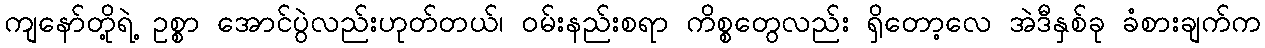
ကျနော်တို့ရဲ့ ဥစ္စာ အောင်ပွဲလည်းဟုတ်တယ်၊ ဝမ်းနည်းစရာ ကိစ္စတွေလည်း ရှိတော့လေ အဲဒီနှစ်ခု ခံစားချက်က